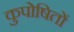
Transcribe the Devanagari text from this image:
कुपोषितों